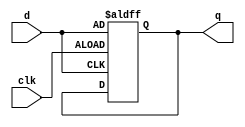
module d_latch (
	input      clk, 
	input      d,
	output reg q
);

always @(negedge clk or posedge d) begin
	if (!clk)
		q <= d;
end

endmodule